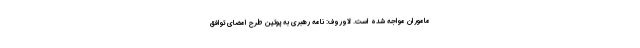
ماموران مواجه شده است. لاوروف: نامه رهبری به پوتین طرح امضای توافق